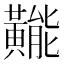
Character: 𪏛